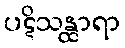
ပဋိသန္ထာရာ